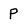
Character: P